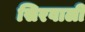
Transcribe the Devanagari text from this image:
सिरवाली